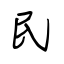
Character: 民